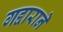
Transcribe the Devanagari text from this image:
गद्दाराने